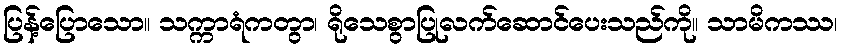
ပြန့်ပြောသော။ သက္ကာရံကတွာ၊ ရိုသေစွာပြုလက်ဆောင်ပေးသည်ကို။ သာမိကဿ၊